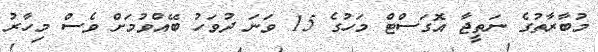
މުބާރާތުގެ ނަތީޖާ އޮގަސްޓް މަހުގެ 15 ވަނަ ދުވަހު ބޭއްވުމަށް ވެސް މިހާރު